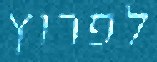
לפרוץ